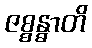
ဇစ္စန္ဓာတိ